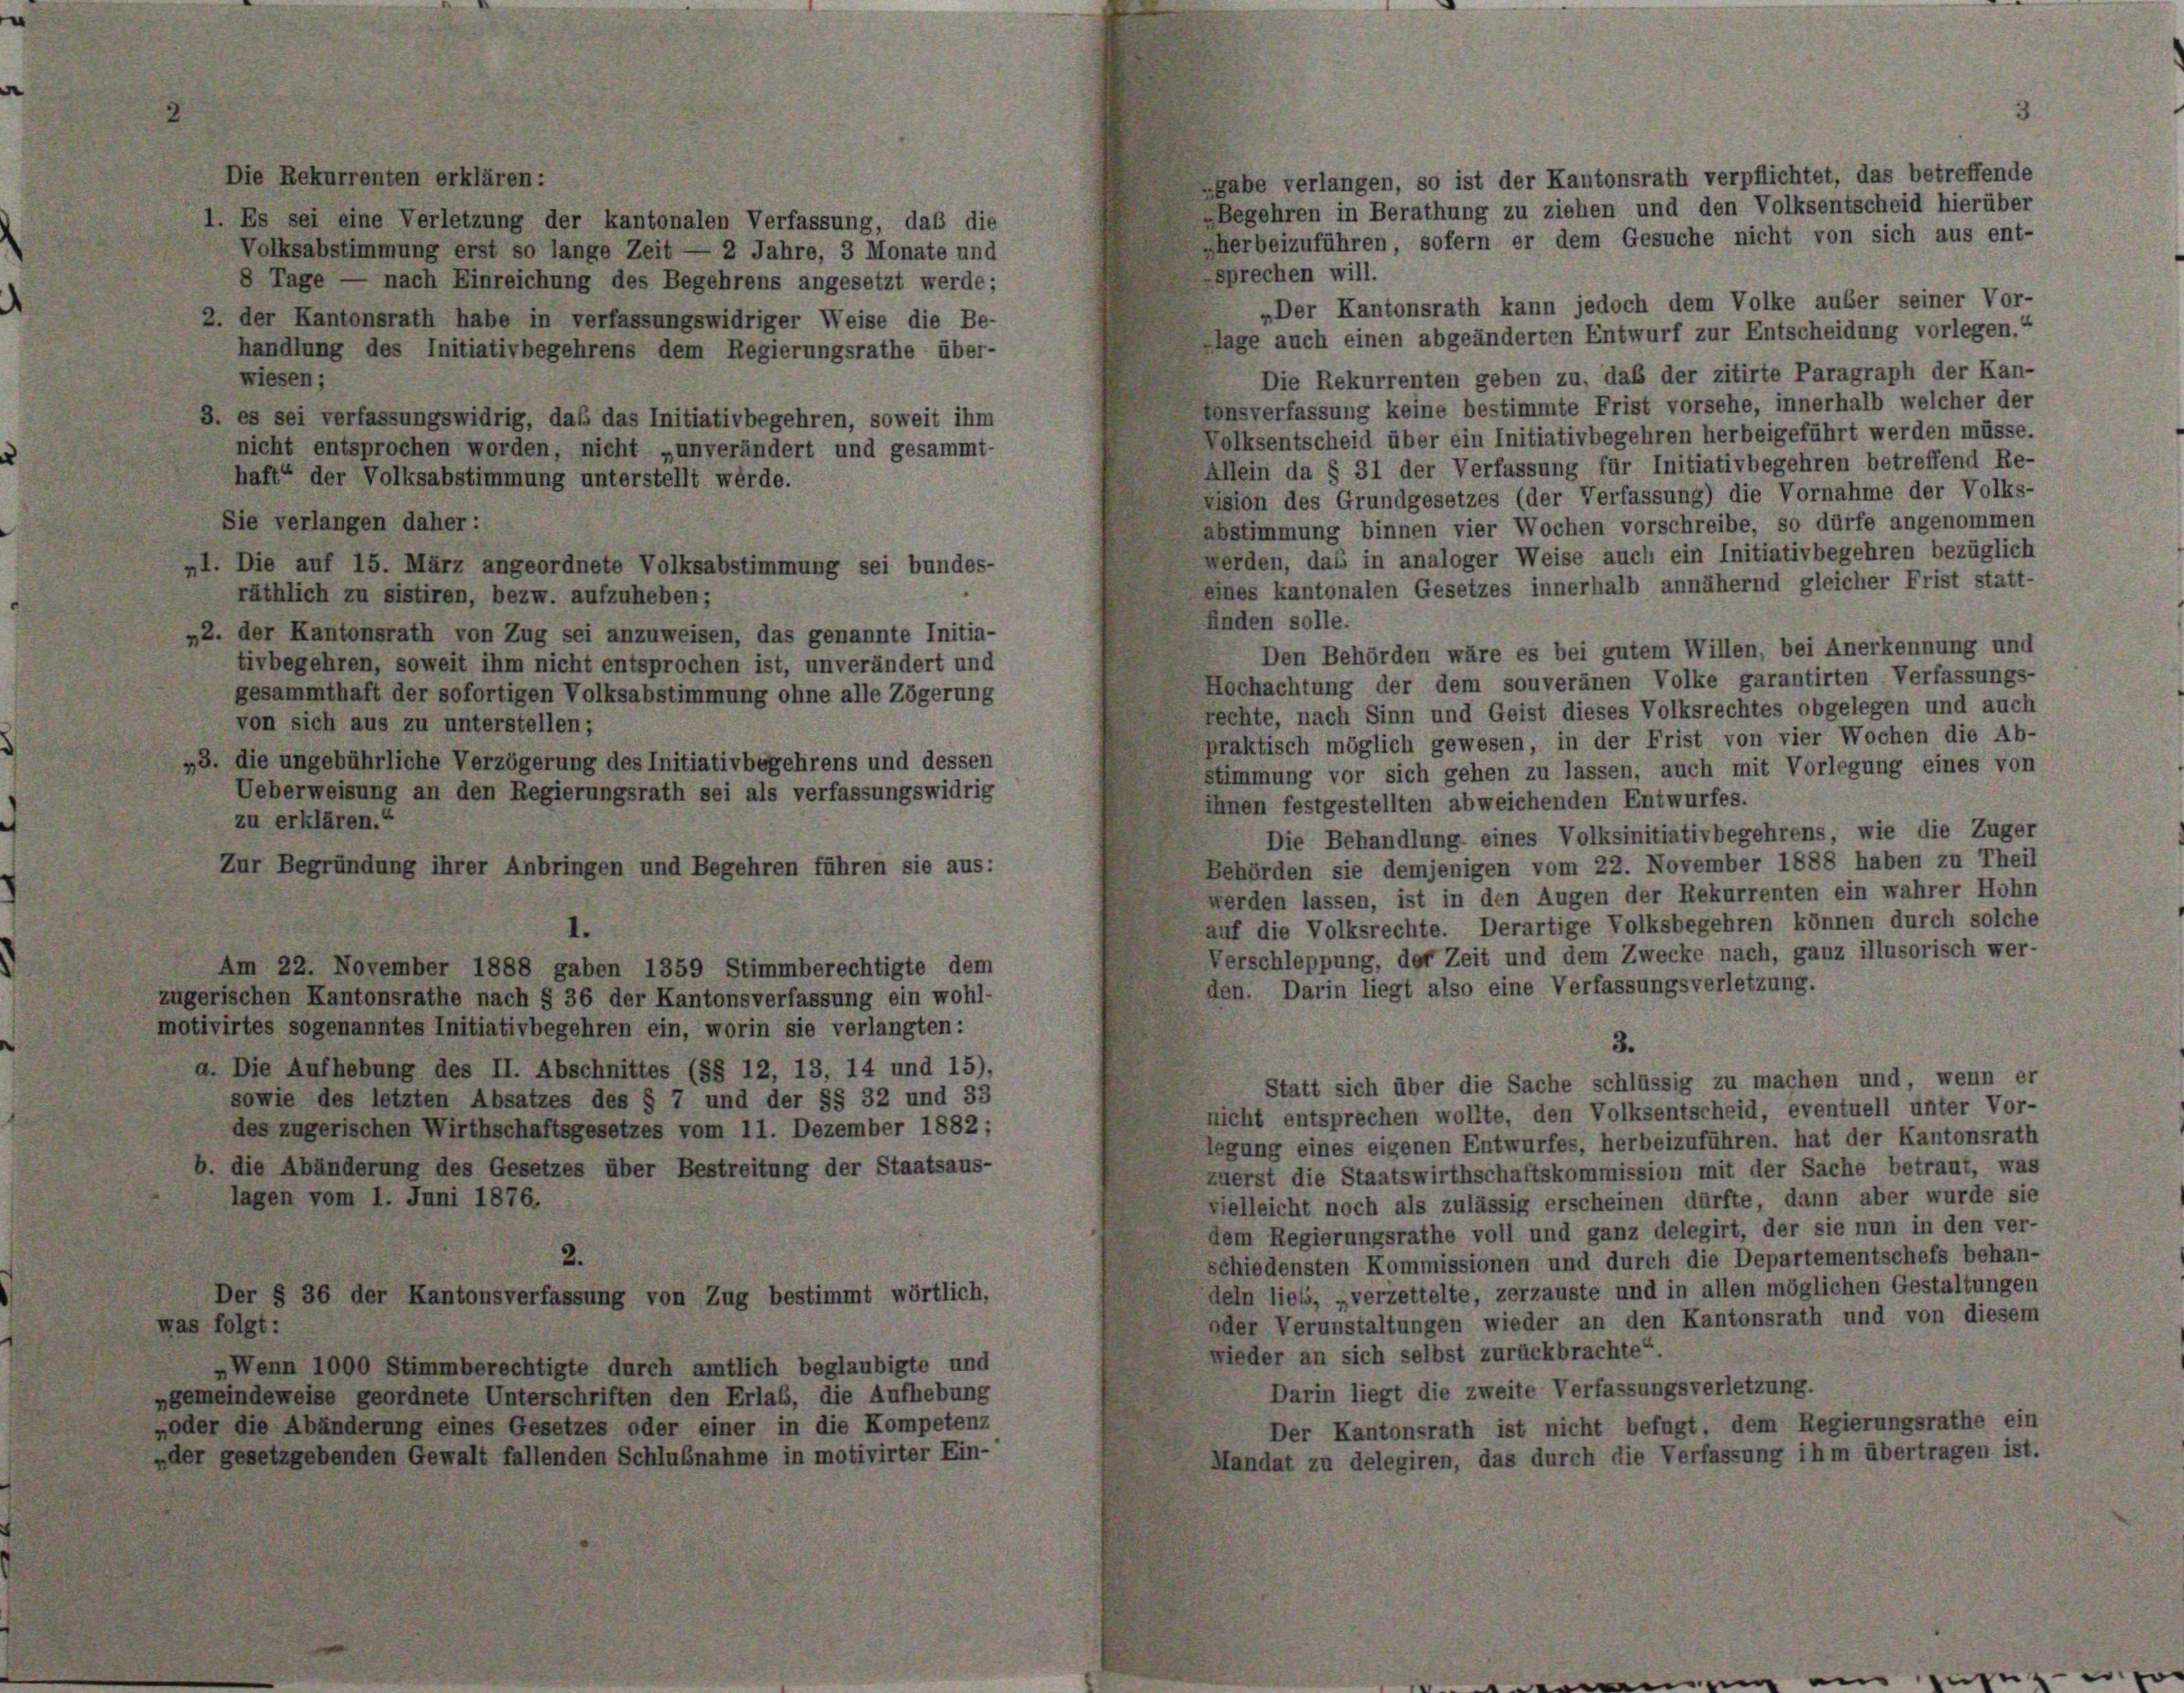
Die Rekurrenten erklären:
gabe verlangen, so ist der Kantonsrath verpflichtet, das betreffende
»Begehren in Berathung zu ziehen und den Volksentscheid hierüber
1. Es sei eine Verletzung der kantonalen Verfassung, daß die
herbeizuführen, sofern er dem Gesuche nicht von sich aus ent-
Volksabstimmung erst so lange Zeit — 2 Jahre, 3 Monate und
sprechen will.
8 Tage — nach Einreichung des Begehrens angesetzt werde;
„Der Kantonsrath kann jedoch dem Volke auber seiner Vor-
2. der Kantonsrath habe in verfassungswidriger Weise die Be-
lage auch einen abgeänderten Entwurf zur Entscheidung vorlegen.“
handlung des Initiativbegehrens dem Regierungsrathe über-
Die Rekurrenten geben zu, daß der zitirte Paragraph der Kan-
wiesen;
vonsverfassung keine bestimmte Frist vorsehe, innerhalb welcher der
3. es sei verfassungswidrig, das das Initiativbegehren, soweit ihm
Volksentscheid über ein Initiativbegehren herbeigeführt werden müsse.
nicht entsprochen worden, nicht „unverändert und gesammt-
Allein da § 31 der Verfassung für Initiativbegehren betreffend Re-
haft“ der Volksabstimmung unterstellt werde.
vision des Grundgesetzes (der Verfassung) die Vornahme der Volks-
Sie verlangen daher:
abstimmung binnen vier Wochen vorschreibe, so dürfe angenommen
werden, das in analoger Weise auch ein Initiativbegehren bezüglich
„1. Die auf 15. März angeordnete Volksabstimmung sei bundes-
eines kantonalen Gesetzes innerhalb annähernd gleicher Frist statt-
räthlich zu sistiren, bezw. aufzuheben;
finden solle.
„2. der Kantonsrath von Zug sei anzuweisen, das genannte Initia-
Den Behörden wäre es bei gutem Willen, bei Anerkennung und
tivbegehren, soweit ihm nicht entsprochen ist, unverändert und
Hochachtung der dem souveränen Volke garantirten Verfassungs-
gesammthaft der sofortigen Volksabstimmung ohne alle Zögerung
rechte, nach Sinn und Geist dieses Volksrechtes obgelegen und auch
von sich aus zu unterstellen;
praktisch möglich gewesen, in der Frist von vier Wochen die Ab-
,3. die ungebührliche Verzögerung des Initiativbegehrens und dessen
stimmung vor sich gehen zu lassen, auch mit Vorlegung eines von
Ueberweisung an den Regierungsrath sei als verfassungswidrig
ihnen festgestellten abweichenden Entwurfes.
zu erklären.“
Die Behandlung eines Volksinitiativbegehrens, wie die Zuger
Behörden sie demjenigen vom 22. November 1888 haben zu Theil
Zur Begründung ihrer Anbringen und Begehren führen sie aus:
werden lassen, ist in den Augen der Rekurrenten ein wahrer Hohn
auf die Volksrechte. Derartige Volksbegehren können durch solche
Verschleppung, der Zeit und dem Zwecke nach, ganz illusorisch wer-
Am 22. November 1888 gaben 1359 Stimmberechtigte dem
den. Darin liegt also eine Verfassungsverletzung.
zugerischen Kantonsrathe nach § 36 der Kantonsverfassung ein wohl-
motivirtes sogenanntes Initiativbegehren ein, worin sie verlangten:
3.
a. Die Aufhebung des II. Abschnittes (§§ 12, 13, 14 und 15),
Statt sich über die Sache schlüssig zu machen und, wenn er
sowie des letzten Absatzes des § 7 und der §§ 32 und 33
nicht entsprechen wollte, den Volksentscheid, eventuell unter Vor-
des zugerischen Wirthschaftsgesetzes vom 11. Dezember 1882;
legung eines eigenen Entwurfes, herbeizuführen, hat der Kantonsrath
b. die Abänderung des Gesetzes über Bestreitung der Staatsaus-
zuerst die Staatswirthschaftskommission mit der Sache betraut, was
lagen vom 1. Juni 1876.
vielleicht noch als zulässig erscheinen dürfte, dann aber wurde sie
dem Regierungsrathe voll und ganz delegirt, der sie nun in den ver-
2.
schiedensten Kommissionen und durch die Departementschefs behan-
deln liebs, „verzettelte, zerzauste und in allen möglichen Gestaltungen
Der § 36 der Kantonsverfassung von Zug bestimmt wörtlich,
oder Verunstaltungen wieder an den Kantonsrath und von diesem
was folgt:
wieder an sich selbst zurückbrachte“.
„Wenn 1000 Stimmberechtigte durch amtlich beglaubigte und
Darin liegt die zweite Verfassungsverletzung.
ngemeindeweise geordnete Unterschriften den Erlab, die Aufhebung
„oder die Abänderung eines Gesetzes oder einer in die Kompetenz
Der Kantonsrath ist nicht befugt, dem Regierungsrathe ein
„der gesetzgebenden Gewalt fallenden Schlußnahme in motivirter Ein-
Mandat zu delegiren, das durch die Verfassung ihm übertragen ist.